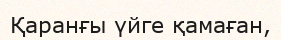
Қаранғы үйге қамаған,